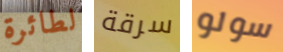
لطائرة سرقة سولو